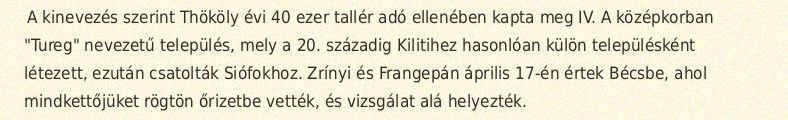
A kinevezés szerint Thököly évi 40 ezer tallér adó ellenében kapta meg IV. A középkorban "Tureg" nevezetű település, mely a 20. századig Kilitihez hasonlóan külön településként létezett, ezután csatolták Siófokhoz. Zrínyi és Frangepán április 17-én értek Bécsbe, ahol mindkettőjüket rögtön őrizetbe vették, és vizsgálat alá helyezték.